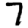
Digit: 7